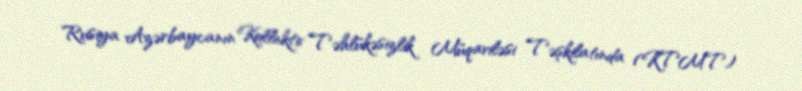
Rusiya Azərbaycanın Kollektiv Təhlükəsizlik Müqaviləsi Təşkilatında (KTMT)